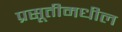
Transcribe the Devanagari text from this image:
प्रसूतीमधील